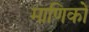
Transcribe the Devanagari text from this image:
माणिकों